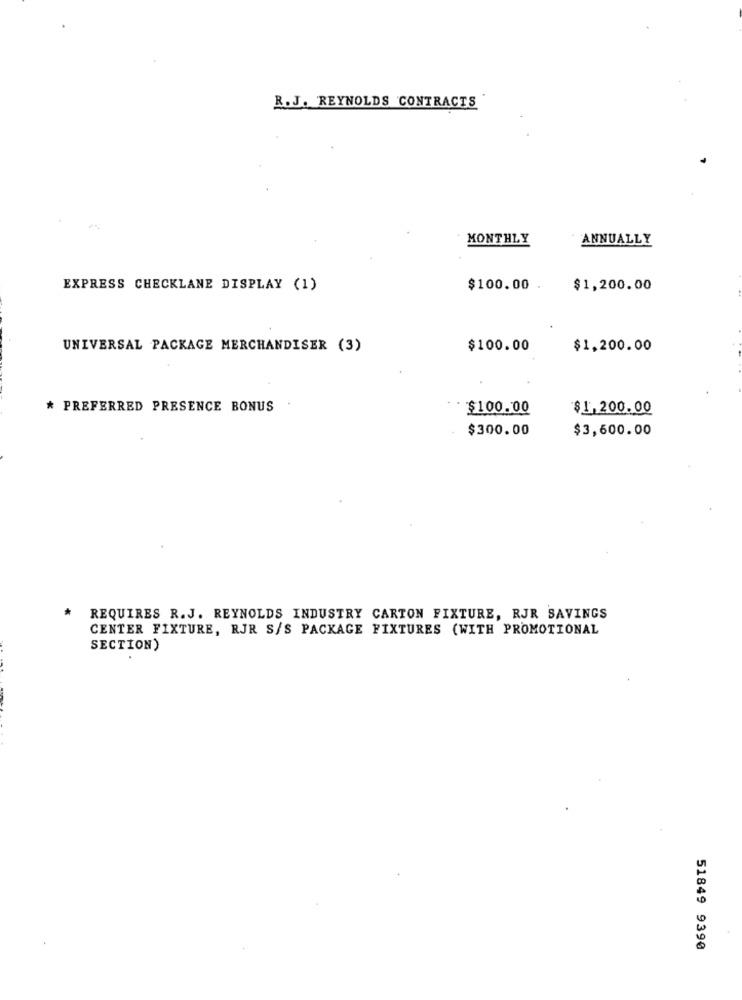
R. J. REYNOLDS CONTRACTS
MONTHLY
ANNUALLY
EXPRESS CHECKLANE DISPLAY (1)
$100.00 .
$1,200.00
UNIVERSAL PACKAGE MERCHANDISER (3)
$100.00
$1,200.00
* PREFERRED PRESENCE BONUS
$100.00
$1,200.00
$300.00
$3,600.00
REQUIRES R.J. REYNOLDS INDUSTRY CARTON FIXTURE, RJR SAVINGS
CENTER FIXTURE, RJR S/S PACKAGE FIXTURES (WITH PROMOTIONAL
SECTION)
51849 9390